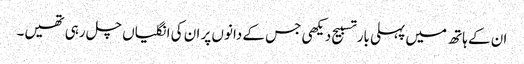
ان کے ہاتھ میں پہلی بار تسبیح دیکھی جس کے دانوں پر ان کی انگلیاں چل رہی تھیں۔